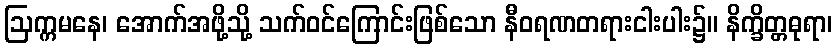
ဩက္ကမနေ၊ အောက်အဖို့သို့ သက်ဝင်ကြောင်းဖြစ်သော နီဝရဏတရားငါးပါး၌။ နိက္ခိတ္တဓုရာ၊